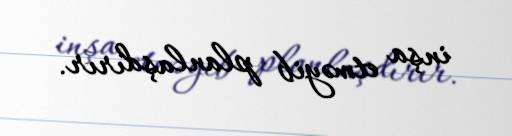
inşa etməyib planlaşdırır.